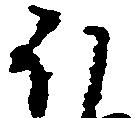
ほ